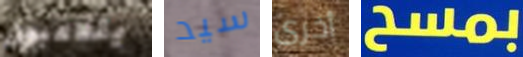
يتلاعبون سيد أخرى بمسح